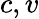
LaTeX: c,v